Vana-Antsla_vallavalitsus, lk 88
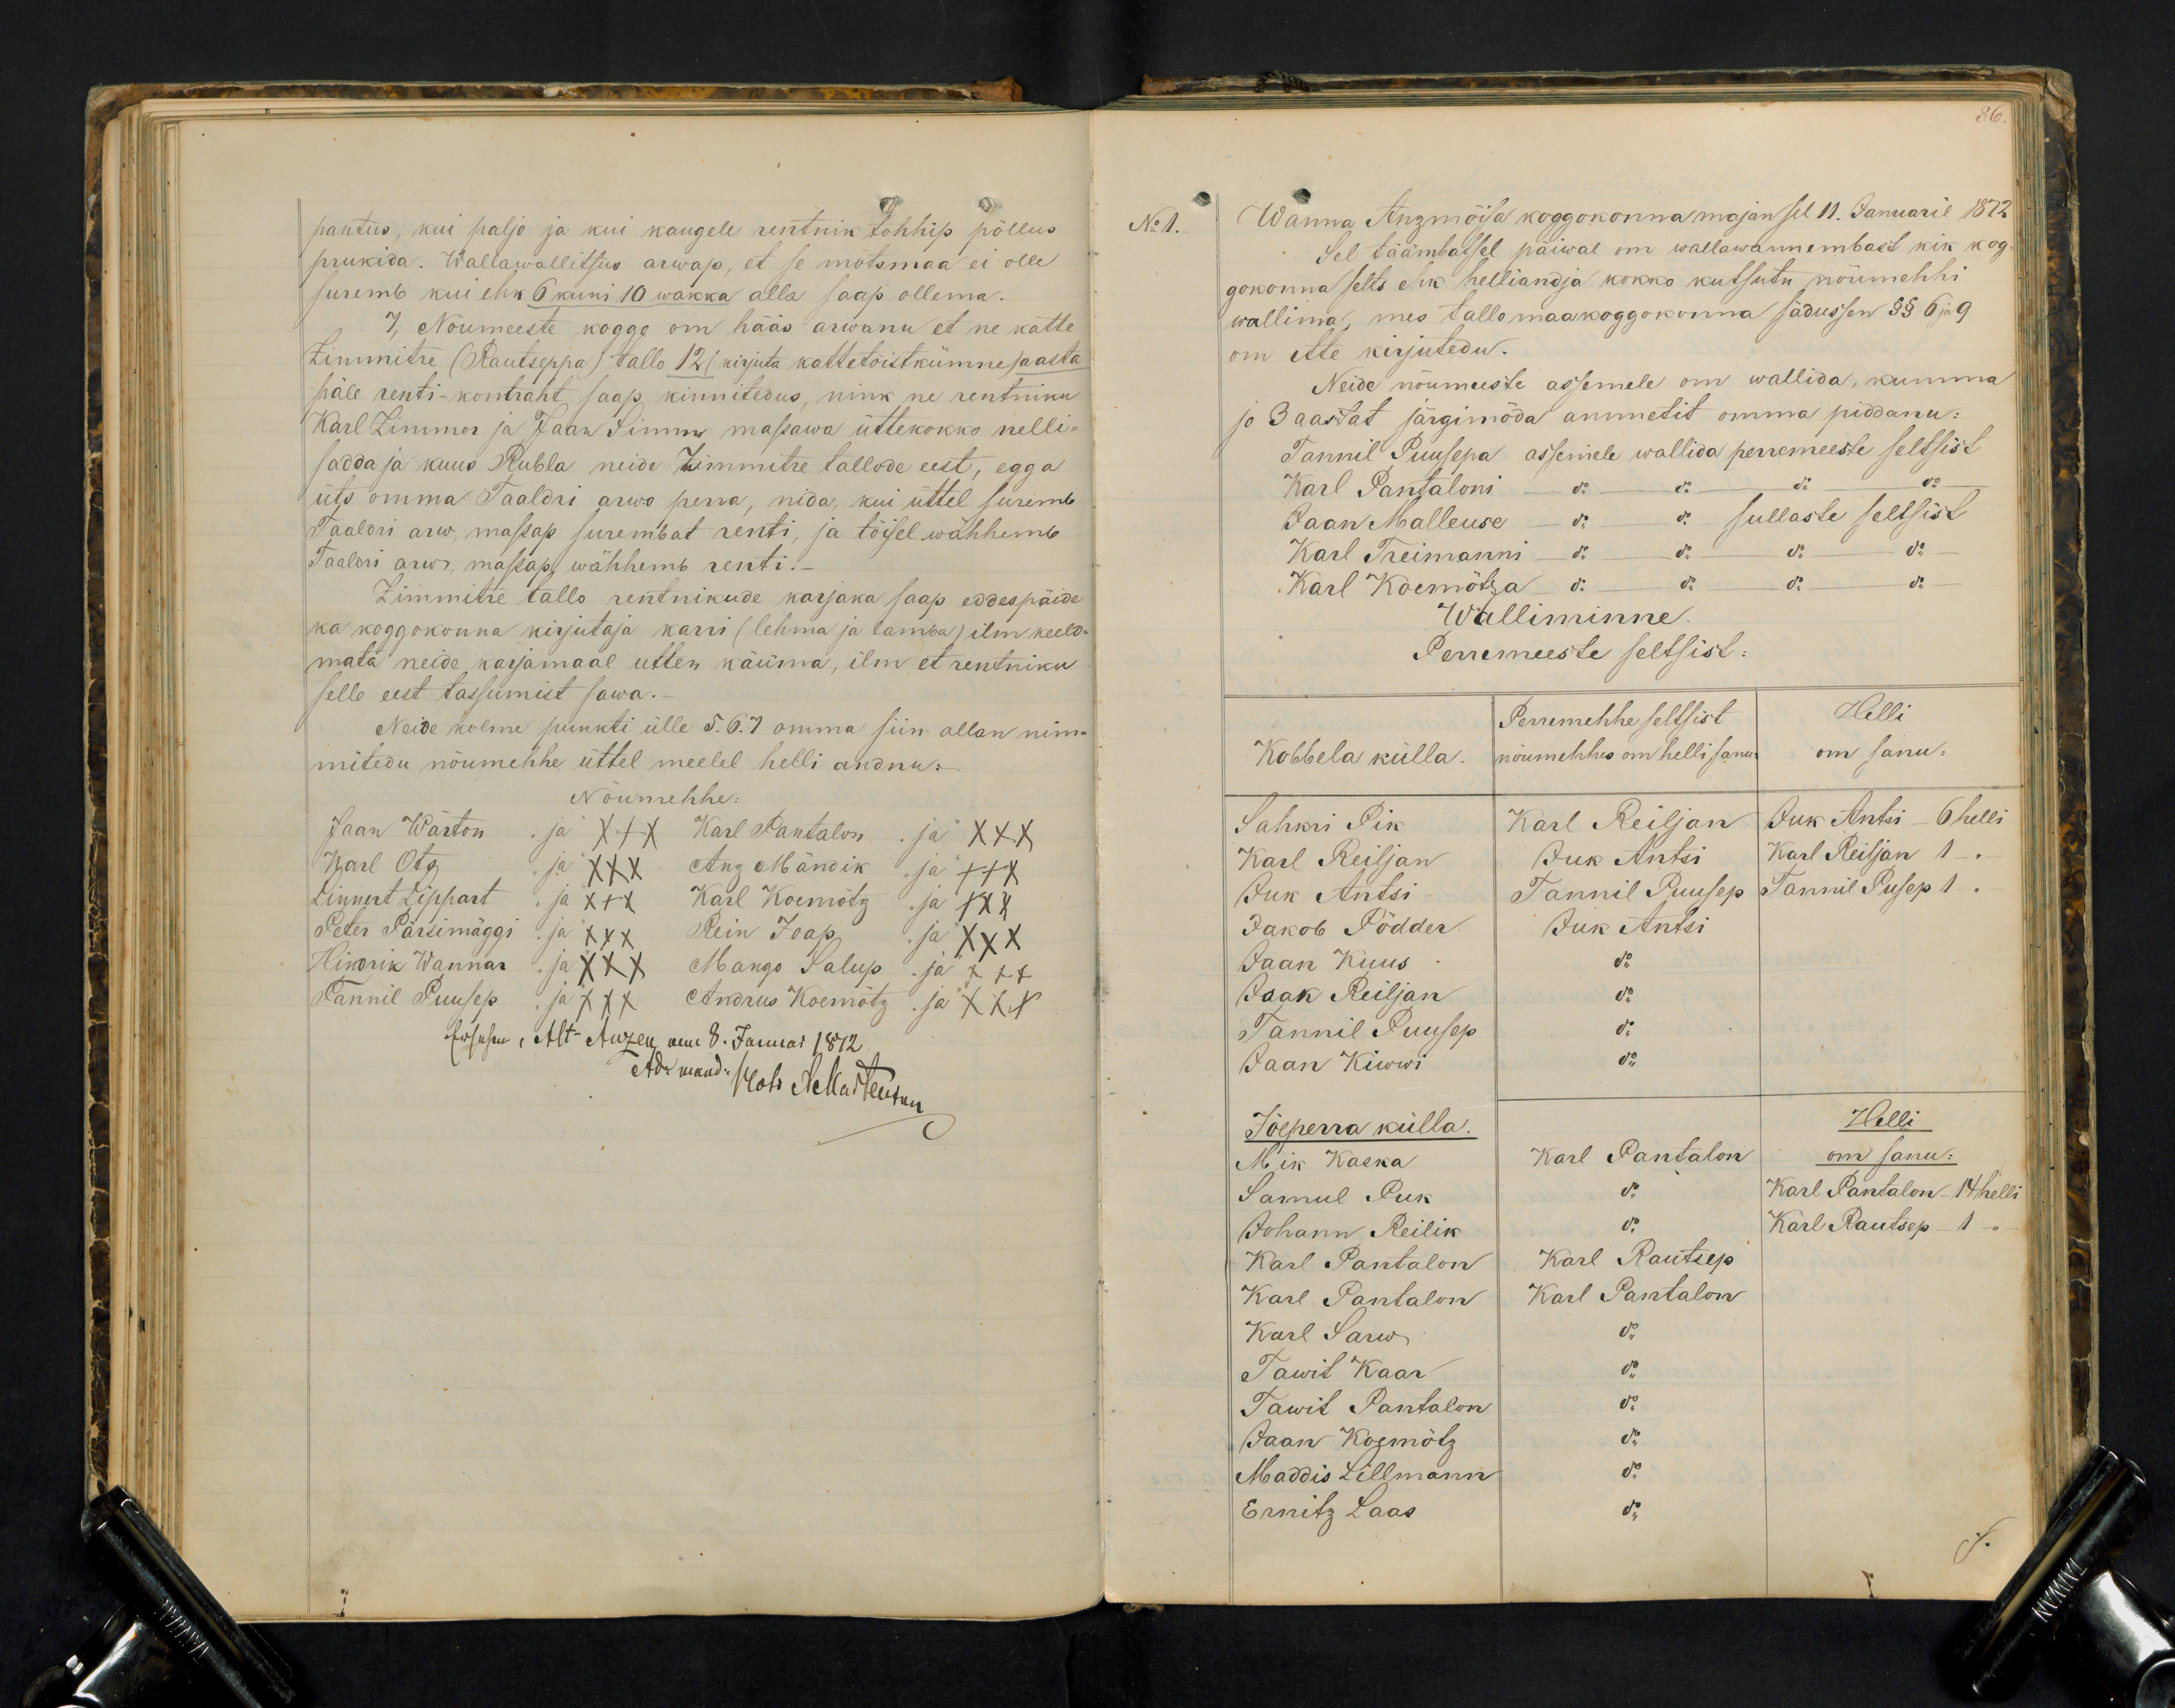
pantus, kui paljo ja kui kaugele rentnik tohhip pöllus
prukida. Wallawallitsus arwap, et se mõtsmaa ei olle
suremb kui ehk 6 kuni 10 wakka alla saap ollema.
7, Nõumeeste koggo om hääs arwanu et ne kätte
Zimmitre (Rautseppa) tallo 12 (kirjuta kattetöistkümne) aasta
päle renti-kontraht saap kinnitedus, nink ne rentniku
Karl Zimmer ja Jaak Simm massawa üttekokko nelli-
sadda ja kuus Rubla neide Zimmitre tallode eest, egga
üts omma Taaldri arwo perra, nida, kui üttel suremb
Taaldri arw, massap surembat renti, ja töisel wähhemb
Taaldri arw, massap wähhemb renti.
Zimmitre tallo rentnikude karjaka saap eddespäide
ka koggokonna kirjutaja karri (lehma ja lamba) ilm keelo-
mata neide karjamaal utten käüma, ilm et rentniku
selle eest tassumist sawa.
Neide kolme punkti ülle 5.6.7 omma siin allan nim-
mitedu nõumehhe üttel meelel helli andnu.
Nõumehhe:
Jaan Wärton "ja" XXX Karl Pantalon "ja" XXX
Karl Ots "ja" XXX Anz Mändik "ja" +++
Linnert Lippart "ja" XXX Karl Koemõtz "ja" XXX
Peter Pärsimäggi "ja" XXX Rein Ioap "ja" XXX
Hindik Wannar "ja" XXX Mango Salup "ja" XXX
Tannil Puusep "ja" XXX Andrus Koemõtz "ja" XXX

No 1.
Wanna Anzmoisa koggokonna majan sel 11. Januaril 1872
Sel täämbatsel päiwal om wallawannembast kik kog-
gokonna selts ehk helliandja kokko kutsutu nõumehhi
wallima, mes tallo maakoggokonna sädussen §§ 6 ja 9
om ette kirjutedu.
Neide nõumeeste assemele om wallida, kumma
jo 3 aastat järgimöda ammetit omma piddanu:
Tannil Puusepa assemele wallida perremeeste seltsist
Karl Pantaloni - do do do do
Jaan Malleuse - do do sullaste seltsist
Karl Treimanni do do do do
Karl Koemõtza do do do do
Walliminne.
Perremeeste seltsist:
Perremehhe seltsist
Helli
Kobbela külla.
nõumehhes om helli sanu:
om sanu:
Sahkri Pik
Karl Reiljan
Juk Antsi 6 helli
Karl Reiljan
Juk Antsi
Karl Reiljan 1 - "
Juk Antsi
Tannil Puusep
Tannil Pusep 1 -
Jakob Pödder
Juk Antsi
Jaan Kuus
do
Jaak Reiljan
do
Tannil Puusep
Jaan Kiwwi
do
do
Jõeperra külla.
Helli
Mik Kaska
Karl Pantalon
om sanu:
Samul Puk
do
Karl Pantalon 14 helli
Johann Reilik
Karl Rautsep 1 "
Karl Pantalon
Karl Rautsep
Karl Pantalon
Karl Pantalon
Karl Sarw
do
Tawit Kaar
do
Tawit Pantalon
do
Jaan Koemõtz
do
Maddis Lillmann
do
Ernitz Laas
do